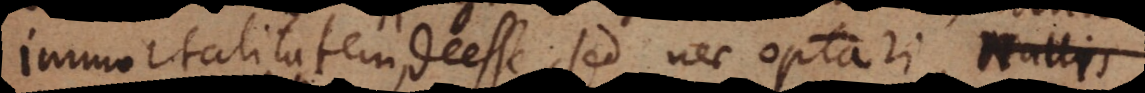
immortalitatem deesse, sed nec Den fol